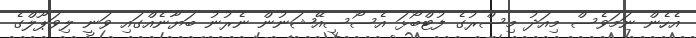
އެހެން ނަމަވެސް މިއަދު މިސްރުގެ ފުޓްބޯޅަ އެސޯސިއޭޝަނުން ނެރުނު ބަޔާނެއްގައި ވަނީ ލިވަޕޫލްގެ